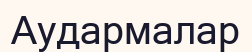
Аудармалар